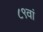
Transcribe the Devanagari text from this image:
८९वां